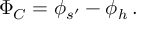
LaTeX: \Phi _ { C } = \phi _ { s ^ { \prime } } - \phi _ { h } \, .